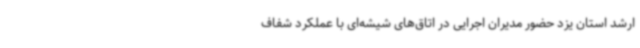
ارشد استان یزد حضور مدیران اجرایی در اتاق‌های شیشه‌ای با عملکرد شفاف